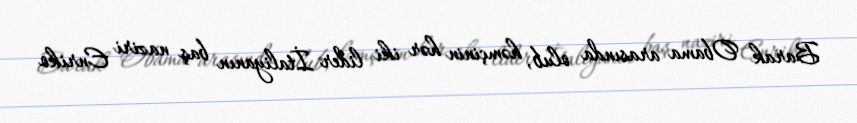
Barak Obama arasında olub, həmçinin hər iki lider İtaliyanın baş naziri Enriko